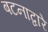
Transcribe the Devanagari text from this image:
बटनाद्वारे